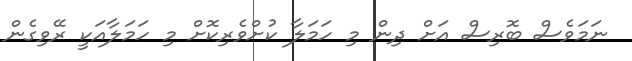
ނަމަވެސް ބޮރިސް އަށް ދިން މި ހަމަލާ ކުށްވެރިކޮށް މި ހަމަލާއަކީ ރޭވިގެން